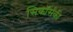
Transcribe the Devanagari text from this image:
सिकॉर्सकी